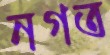
নগত